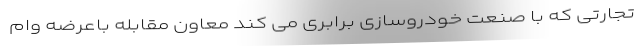
تجارتی که با صنعت خودروسازی برابری می کند معاون مقابله باعرضه وام